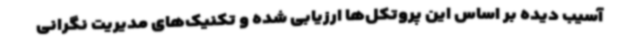
آسیب دیده بر اساس این پروتکل‌ها ارزیابی شده و تکنیک‌های مدیریت نگرانی